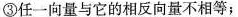
③任一向量与它的相反向量不相等；